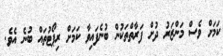
ކަމަށް ވެސް މަންޒަރު ދުށް ފަރާތްތަކުން ބުނެފައިވާ ކަމަށް ރިޕޯޓުތައް ބުނެ އެވެ.